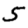
Digit: 5